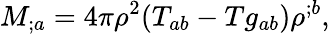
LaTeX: M_{;a}=4\pi\rho^{2}(T_{ab}-Tg_{ab})\rho^{;b},